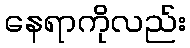
နေရာကိုလည်း